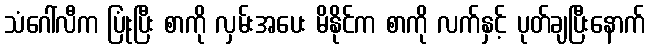
သံဂေါ်လီက ပြုံးပြီး စာကို လှမ်းအပေး မိနိုင်က စာကို လက်နှင့် ပုတ်ချပြီးနောက်